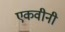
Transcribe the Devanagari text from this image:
एकवीनी